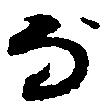
な